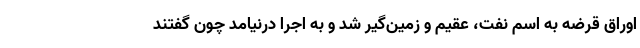
اوراق قرضه به اسم نفت، عقیم و زمین‌گیر شد و به اجرا درنیامد چون گفتند